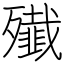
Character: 殱